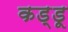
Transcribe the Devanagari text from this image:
कड्डू